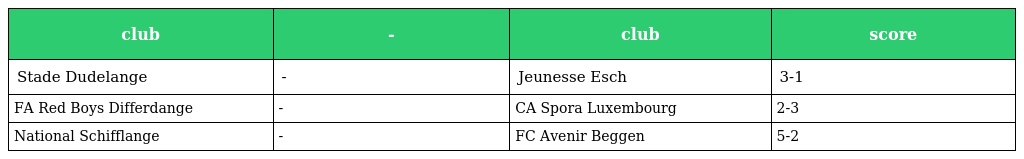
| club | - | club | score |
 | --- | --- | --- | --- |
 | Stade Dudelange | - | Jeunesse Esch | 3-1 |
 | FA Red Boys Differdange | - | CA Spora Luxembourg | 2-3 |
 | National Schifflange | - | FC Avenir Beggen | 5-2 |